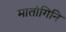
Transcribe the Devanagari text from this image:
मातांगिनि